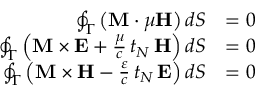
{ \begin{array} { r l } { \oint _ { \Gamma } \left( \mathbf { M } \cdot \mu \mathbf { H } \right) d S } & { = 0 } \\ { \oint _ { \Gamma } \left( \mathbf { M } \times \mathbf { E } + { \frac { \mu } { c } } \, t _ { N } \, \mathbf { H } \right) d S } & { = 0 } \\ { \oint _ { \Gamma } \left( \mathbf { M } \times \mathbf { H } - { \frac { \varepsilon } { c } } \, t _ { N } \, \mathbf { E } \right) d S } & { = 0 } \end{array} }